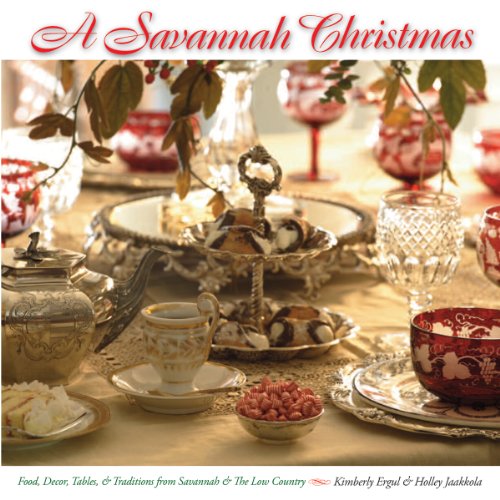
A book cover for Savannah Christmas, A; Kimberly Ergul; Cookbooks, Food & Wine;